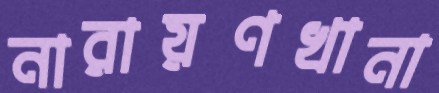
নারায়ণখানা